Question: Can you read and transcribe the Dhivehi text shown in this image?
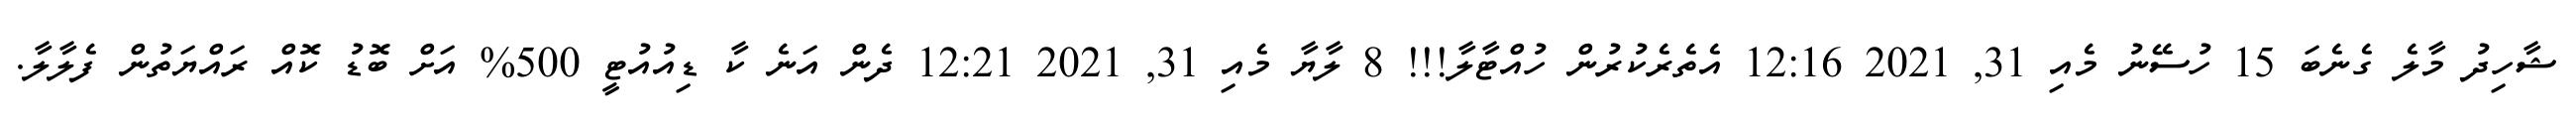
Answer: ޝާހިދު މާލެ ގެނެބަ 15 ހުސޭނު މެއި 31, 2021 12:16 އެތެރެކުރުން ހުއްޓާލާ!!! 8 ލާޔާ މެއި 31, 2021 12:21 ދެން އަނެ ކާ ޑިއުއުޓީ 500% އަށް ބޮޑު ކޮއް ރައްޔަތުން ފެލާލާ.